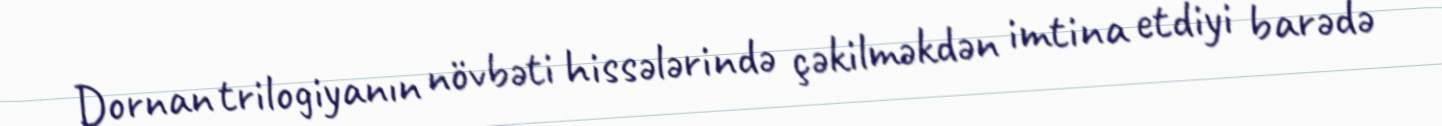
Dornan trilogiyanın növbəti hissələrində çəkilməkdən imtina etdiyi barədə